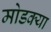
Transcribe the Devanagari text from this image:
मोडक्या